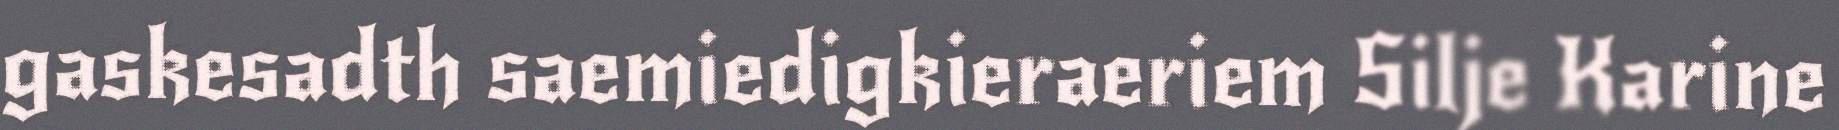
gaskesadth saemiedigkieraeriem Silje Karine